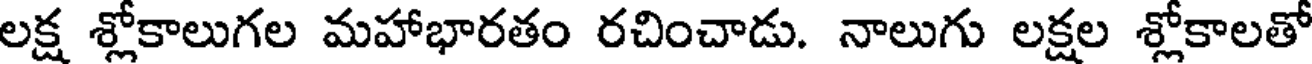
లక్ష శ్లోకాలుగల మహాభారతం రచించాడు. నాలుగు లక్షల శ్లోకాలతో